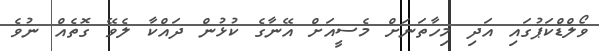
ވޯލްޑްކަޕުގައި އަދި މިހާތަނަށް މެސީއަށް އޭނާގެ ކުޅުން ދައްކާ ލެވޭ ގޮތެއް ނުވެ